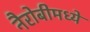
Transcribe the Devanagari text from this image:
नैरोबीमध्ये